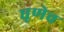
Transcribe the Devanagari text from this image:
घृणेच